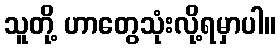
သူတို့ ဟာတွေသုံးလို့ရမှာပါ။